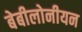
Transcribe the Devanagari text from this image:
बेबीलोनीयन